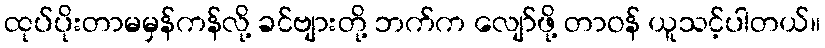
ထုပ်ပိုးတာမမှန်ကန်လို့ ခင်ဗျားတို့ ဘက်က လျော်ဖို့ တာဝန် ယူသင့်ပါတယ်။